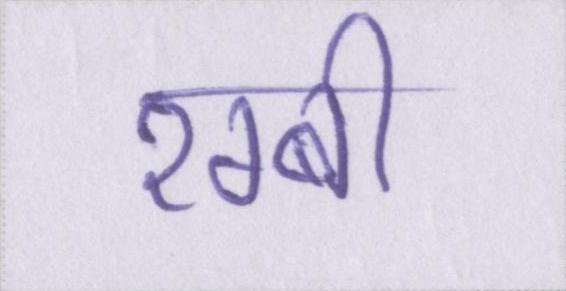
रग्बी